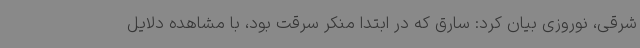
شرقی، نوروزی بیان کرد: سارق که در ابتدا منکر سرقت بود، با مشاهده دلایل